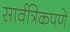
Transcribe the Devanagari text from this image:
सार्वत्रिकपणे